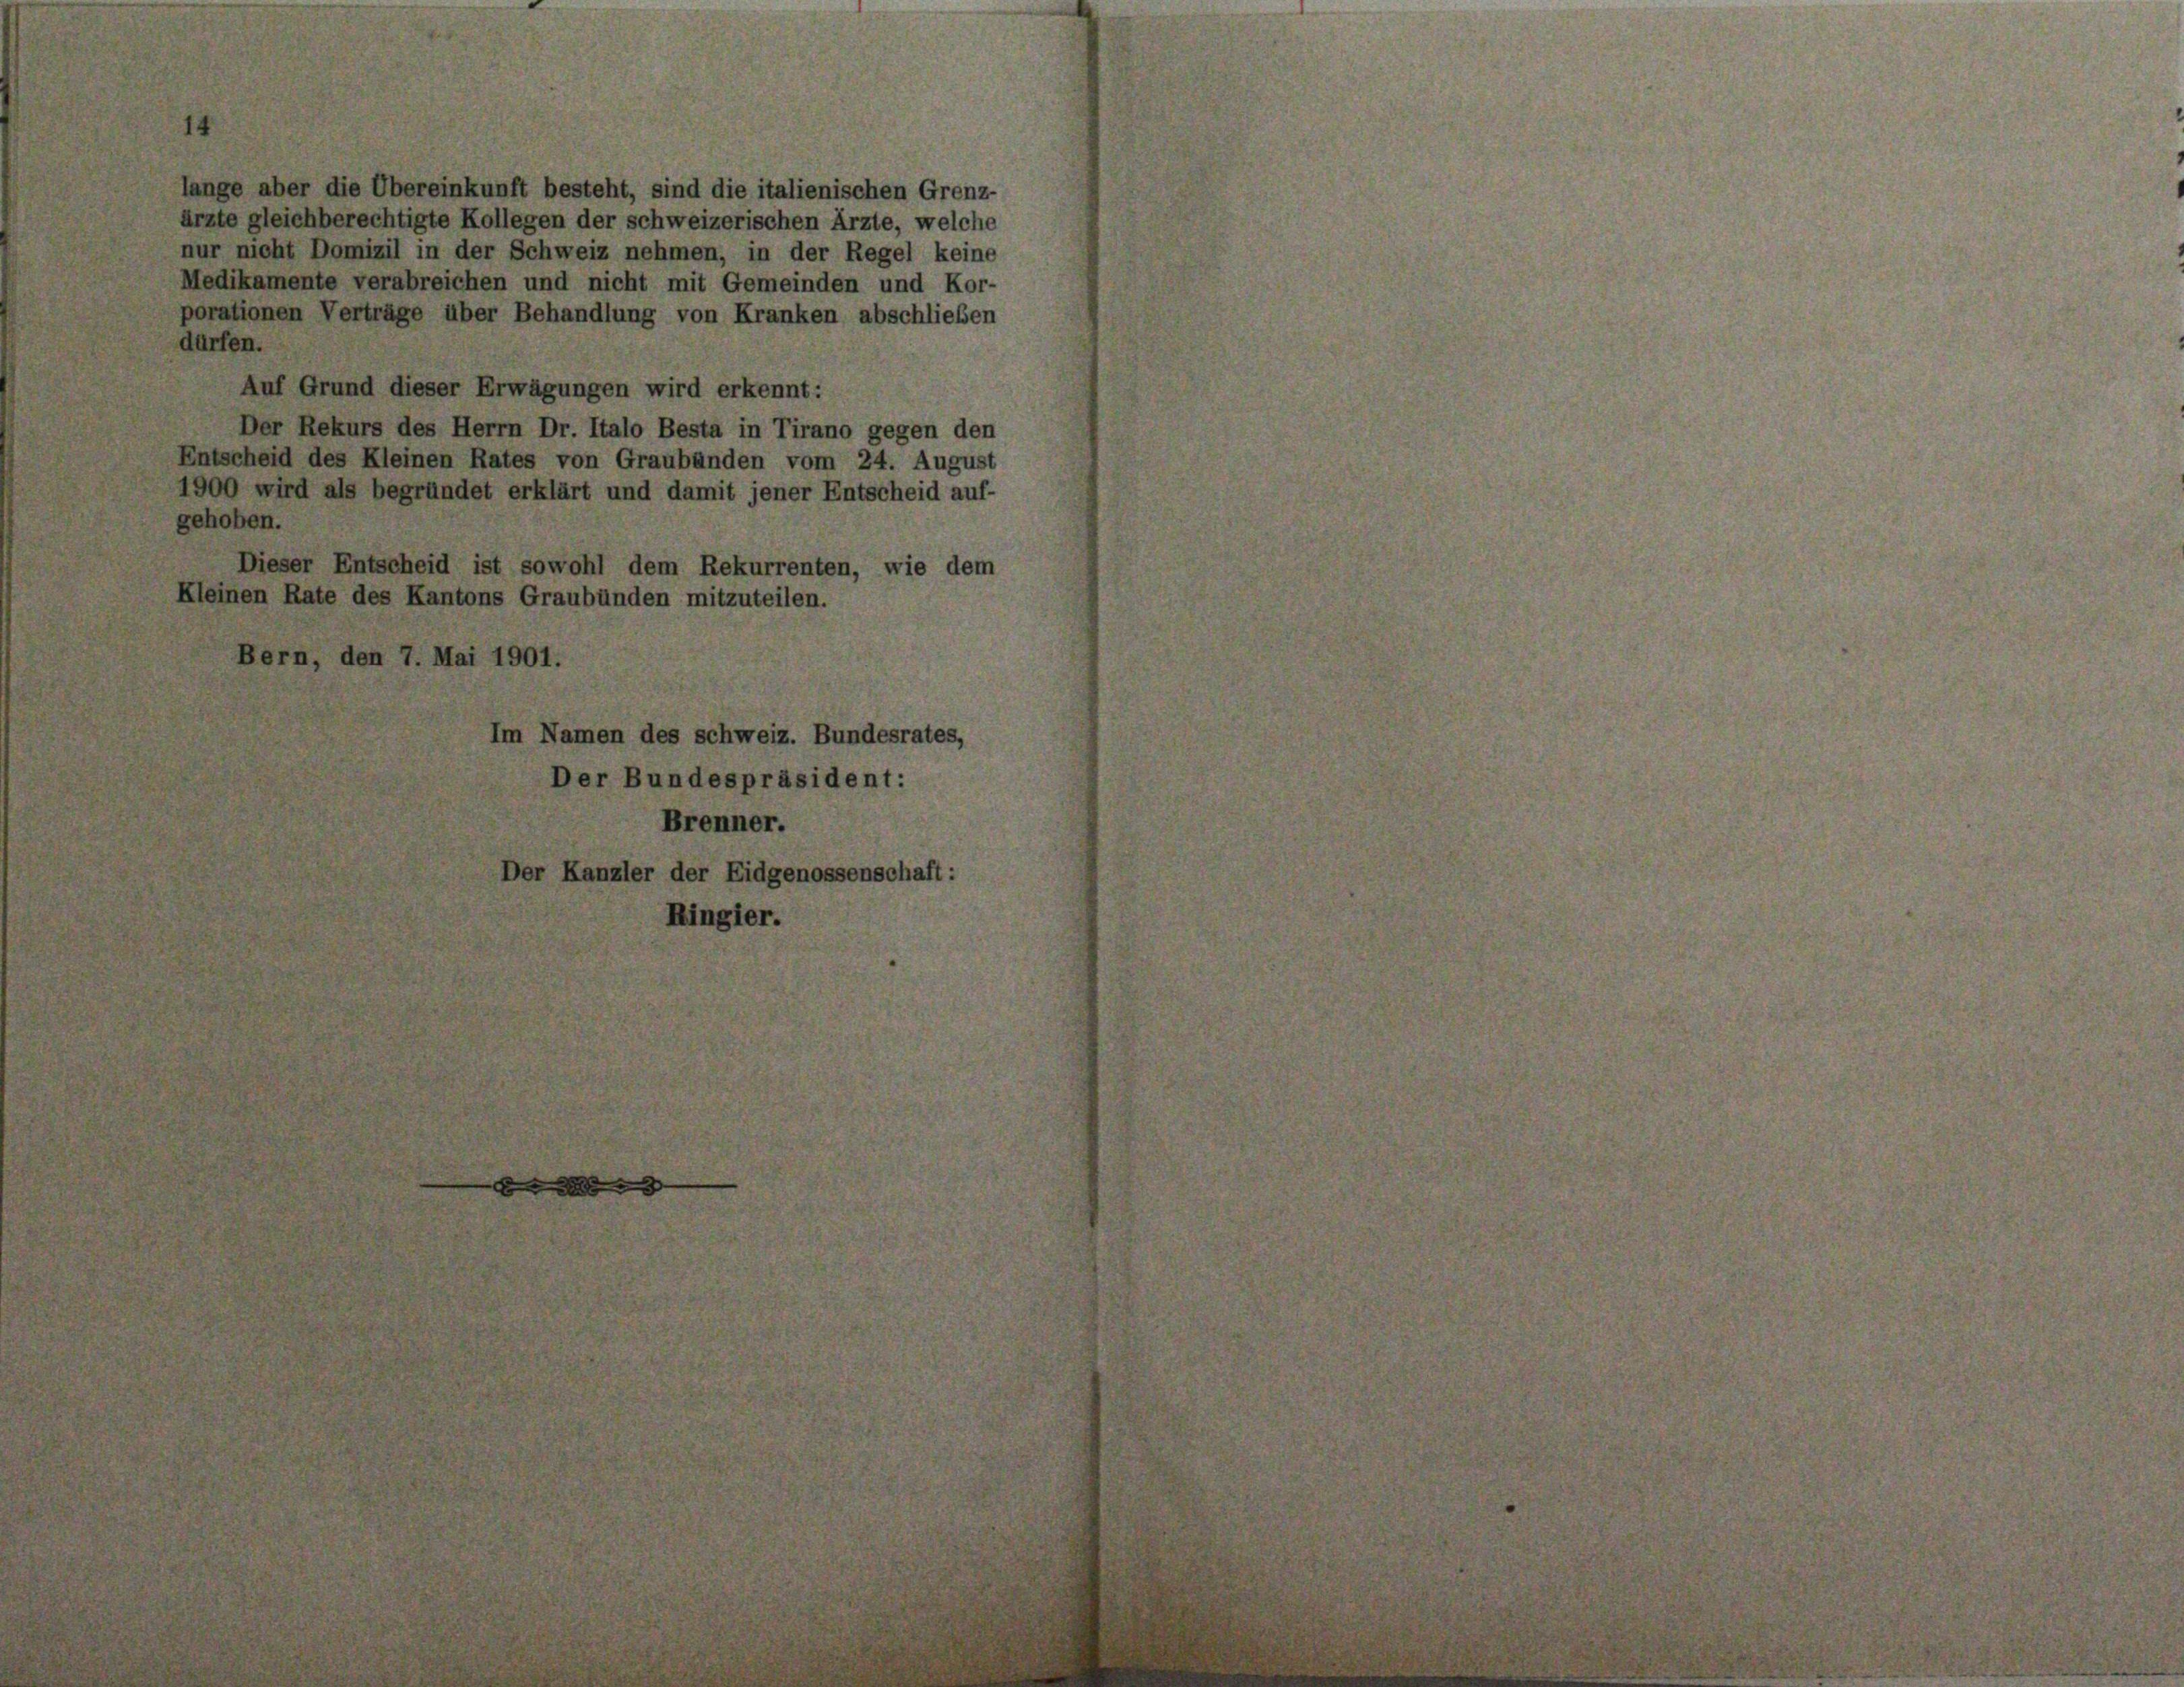
lange aber die Übereinkunft besteht, sind die italienischen Grenz-
ärzte gleichberechtigte Kollegen der schweizerischen Ärzte, welche
nur nicht Domizil in der Schweiz nehmen, in der Regel keine
Medikamente verabreichen und nicht mit Gemeinden und Kor-
porationen Verträge über Behandlung von Kranken abschließen
dürfen.
Auf Grund dieser Erwägungen wird erkennt:
Der Rekurs des Herrn Dr. Italo Besta in Tirano gegen den
Entscheid des Kleinen Rates von Graubünden vom 24. August
1900 wird als begründet erklärt und damit jener Entscheid auf-
gehoben.
Dieser Entscheid ist sowohl dem Rekurrenten, wie dem
Kleinen Rate des Kantons Graubünden mitzuteilen.
Bern, den 7. Mai 1901.

Im Namen des schweiz. Bundesrates,
Der Bundespräsident:
Brenner.
Der Kanzler der Eidgenossenschaft:
Ringier.